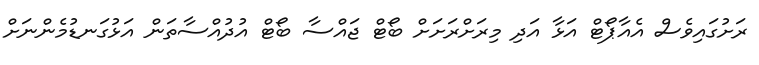
ރަށުގައިވެސް އެއާޕޯޓް އަޅާ އަދި މިރަށްރަށަށް ބޯޓް ޖައްސާ ބޯޓް އުދުއްސާތަން އަޅުގަނޑުމެންނަށް